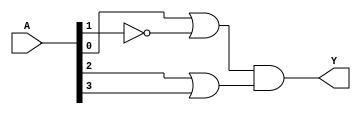
module pos_circuit #(parameter N = 4) (
    input wire [N-1:0] A,   // Input vector A with N bits
    output wire Y           // Single output Y
);

// Define intermediate signals for OR gate outputs
wire [N-1:0] or_output;

// Example POS expression: (A0 + ~A1)(A2 + A3)
// Modify the following lines according to the POS expression you need
assign or_output[0] = A[0] | ~A[1]; // First OR gate: A0 + ~A1
assign or_output[1] = A[2] | A[3];  // Second OR gate: A2 + A3

// Final output Y, which is the AND of the OR gate outputs
assign Y = or_output[0] & or_output[1];

endmodule